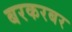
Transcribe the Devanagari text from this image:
बरकरबर